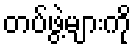
တပ်ဖွဲ့များကို